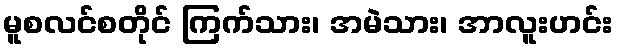
မူစလင်စတိုင် ကြက်သား၊ အမဲသား၊ အာလူးဟင်း